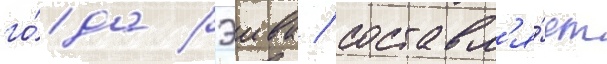
го́да рэива / составл'я́ет